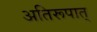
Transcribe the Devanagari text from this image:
अतिरूपात्